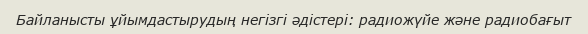
Байланысты ұйымдастырудың негізгі әдістері: радиожүйе және радиобағыт